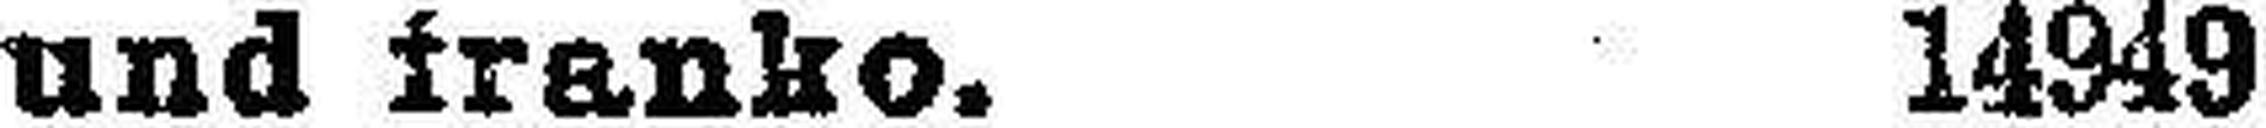
und franko. 14949